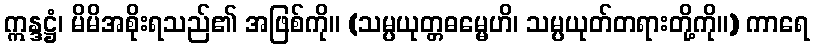
ဣန္ဒဋ္ဌံ၊ မိမိအစိုးရသည်၏ အဖြစ်ကို။ (သမ္ပယုတ္တဓမ္မေဟိ၊ သမ္ပယုတ်တရားတို့ကို။) ကာရေ